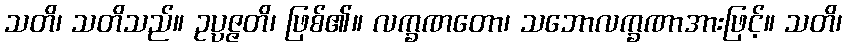
သတိ၊ သတိသည်။ ဥပ္ပဇ္ဇတိ၊ ဖြစ်၏။ လက္ခဏတော၊ သဘောလက္ခဏာအားဖြင့်။ သတိ၊